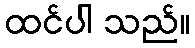
ထင်ပါ သည်။